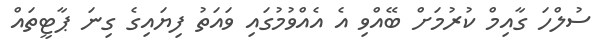
ސުލްހަ ގާއިމް ކުރުމަށް ބޭއްވި އެ އެއްވުމުގައި ވައަތު ފިޔައިގެ ގިނަ ޕާޓީތައް